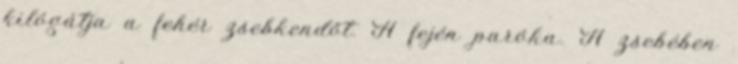
kilógátja a fehér zsebkendőt. A fején paróka. A zsebében